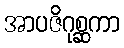
အာပဇိဂုစ္ဆကာ